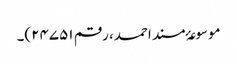
موسوعۂ مسند احمد، رقم ۲۴۷۵۱)۔